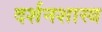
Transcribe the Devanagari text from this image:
दर्शनशास्‍त्र